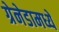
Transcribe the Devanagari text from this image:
ग्रेनेडामध्ये